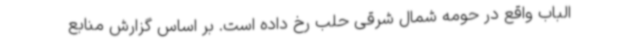
الباب واقع در حومه شمال شرقی حلب رخ داده است. بر اساس گزارش منابع